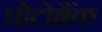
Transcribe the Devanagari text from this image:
प्रोटोब्रैंक